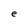
Character: e